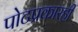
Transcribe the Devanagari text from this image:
पोटप्रकारही